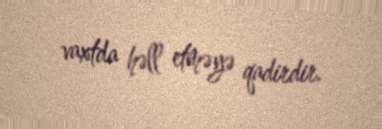
vaxtda həll etməyə qadirdir.